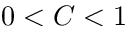
0 < C < 1